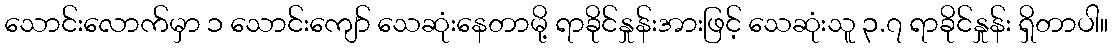
သောင်းလောက်မှာ ၁ သောင်းကျော် သေဆုံးနေတာမို့ ရာခိုင်နှုန်းအားဖြင့် သေဆုံးသူ ၃.၇ ရာခိုင်နှုန်း ရှိတာပါ။